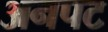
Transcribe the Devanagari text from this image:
अनपट